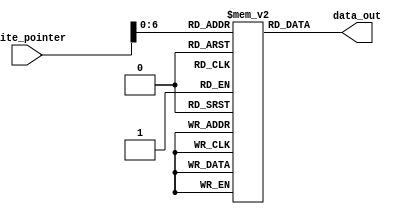
`timescale 1ns / 1ps
//////////////////////////////////////////////////////////////////////////////////
// Company: 
// Engineer: 
// 
// Design Name: 
// Module Name:    Asynchronous_FIFO 
// Project Name: 
// Target Devices: 
// Tool versions: 
// Description: 
//
// Dependencies: 
//
// Revision: 
// Revision 0.01 - File Created
// Additional Comments: 
//
//////////////////////////////////////////////////////////////////////////////////
`timescale 1ns/ 1ps



////

module transmisson(write_pointer,data_out);

output [7:0] data_out;
input [7:0] write_pointer;
reg [7:0] input_ROM [127:0];
integer z;
initial begin

for(z=0;z<128;z=z+1)
input_ROM[z] = z*2;
end

assign data_out = input_ROM[write_pointer];

endmodule

module Asynchronous_FIFO(read_clk,write_clk,reset,data_out,r_empty,w_full);

//p-pointer , w-width

parameter p =4;
parameter w=8;
parameter depth= 1<< p;

input read_clk,write_clk;
input reset;
output w_full,r_empty;
output [w-1 : 0] data_out;

wire [w-1 :0] data_in;
wire [p:0] read_pointer_grey, write_pointer_grey;
wire [p:0] read_pointer_bin, write_pointer_bin;

reg [p:0] read_pointer,read_s1,read_s2;
reg [p:0] write_pointer,write_s1,write_s2;
reg [w-1:0] memory[depth-1:0];
reg [7:0] transmitter_ptr;
reg full,empty;

always @(posedge reset or posedge write_clk)
begin
	if (reset) begin
		write_pointer <=0;
		transmitter_ptr <=0;
	end
	else if (full == 1'b0) begin
		write_pointer <= write_pointer+1;
		transmitter_ptr<= transmitter_ptr+1;
		memory[write_pointer[p-1:0]]<= data_in;
	end
end

transmisson t(transmitter_ptr,data_in);


always @(posedge write_clk) begin
	read_s1 <= read_pointer_grey;
	read_s2 <= read_s1;
end


always @(posedge reset or posedge read_clk) 
begin
	if (reset) begin
		read_pointer <=0;
	end
	else if(empty ==1'b0) begin
		read_pointer <= read_pointer +1;
	end
end

always @ (posedge read_clk) begin
	write_s1 <= write_pointer_grey;
	write_s2 <= write_s1;
end



always @(*)
begin	
	if(write_pointer_bin==read_pointer)
		empty=1;
	else
		empty=0;
end

always @(*)
begin
	if({~write_pointer[p],write_pointer[p-1:0]}==read_pointer_bin)
		full = 1;
	else
		full = 0;
end
	
	assign data_out = memory[read_pointer[p-1 : 0]];
	assign w_full = full;
	assign r_empty=empty;
	
	
	assign write_pointer_grey = write_pointer ^ (write_pointer >> 1);
    assign read_pointer_grey = read_pointer ^ (read_pointer >> 1);
	
	
	
	assign write_pointer_bin[4]=write_s2[4];
	assign write_pointer_bin[3]=write_s2[3] ^ write_pointer_bin[4];
	assign write_pointer_bin[2]=write_s2[2] ^ write_pointer_bin[3];
	assign write_pointer_bin[1]=write_s2[1] ^ write_pointer_bin[2];
	assign write_pointer_bin[0]=write_s2[0] ^ write_pointer_bin[1];
	
	assign read_pointer_bin[4]=read_s2[4];
	assign read_pointer_bin[3]=read_s2[3] ^ read_pointer_bin[4];
	assign read_pointer_bin[2]=read_s2[2] ^ read_pointer_bin[3];
	assign read_pointer_bin[1]=read_s2[1] ^ read_pointer_bin[2];
	assign read_pointer_bin[0]=read_s2[0] ^ read_pointer_bin[1];

endmodule